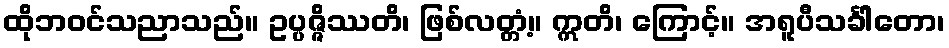
ထိုဘဝင်သညာသည်။ ဥပ္ပဇ္ဇိဿတိ၊ ဖြစ်လတ္တံ့။ ဣတိ၊ ကြောင့်။ အရူပီသင်္ခါတော၊